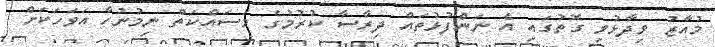
މުއާޒު ވިދާޅުވި ގޮތުގައި އެ ނަންފުޅުތައް ދިރާސާ ކުރުމުގެ މަސައްކަތް ނިމުނުހާ އަވަހަކަށް